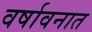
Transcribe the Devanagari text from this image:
वर्षावनात